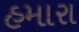
હમારા